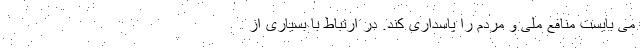
می بایست منافع ملی و مردم را پاسداری کند. در ارتباط با بسیاری از